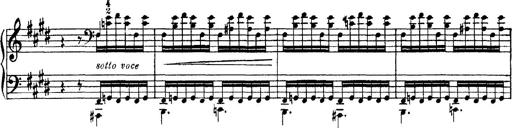
Title: Tarantelle di bravura dâ€™aprÃ¨s la tarantelle de La muette de Portici
Composer: Franz Liszt